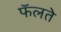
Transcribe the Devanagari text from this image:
फॅलते